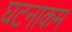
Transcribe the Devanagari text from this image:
घटनाकम